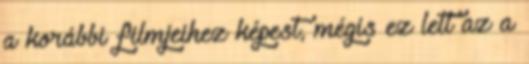
a korábbi filmjeihez képest, mégis ez lett az a